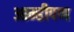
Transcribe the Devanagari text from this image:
आम्हीपण